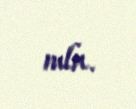
mln.